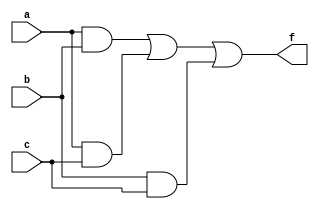
module vote(a,b,c,f);
	input a,b,c;
	output f;
	wire a,b,c,f;
	assign f = (a&b) | (a&c) | (b&c);
endmodule